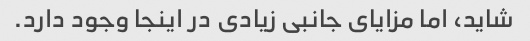
شاید، اما مزایای جانبی زیادی در اینجا وجود دارد.